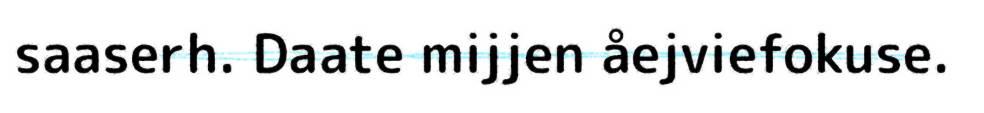
saaserh. Daate mijjen åejviefokuse.